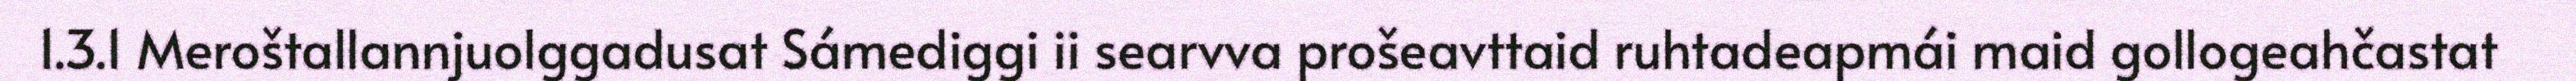
1.3.1 Meroštallannjuolggadusat Sámediggi ii searvva prošeavttaid ruhtadeapmái maid gollogeahčastat